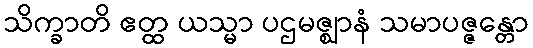
သိက္ခာတိ ဧတ္ထ ယသ္မာ ပဌမဇ္ဈာနံ သမာပဇ္ဇန္တော